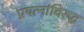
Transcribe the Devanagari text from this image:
प्रयत्‍नांविरुद्ध